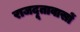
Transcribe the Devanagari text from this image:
राजदूतावासों